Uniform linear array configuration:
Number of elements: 4
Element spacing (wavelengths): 0.25
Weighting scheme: kaiser
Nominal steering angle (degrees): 15
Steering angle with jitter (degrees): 13.833
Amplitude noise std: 0.05
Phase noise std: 0.05

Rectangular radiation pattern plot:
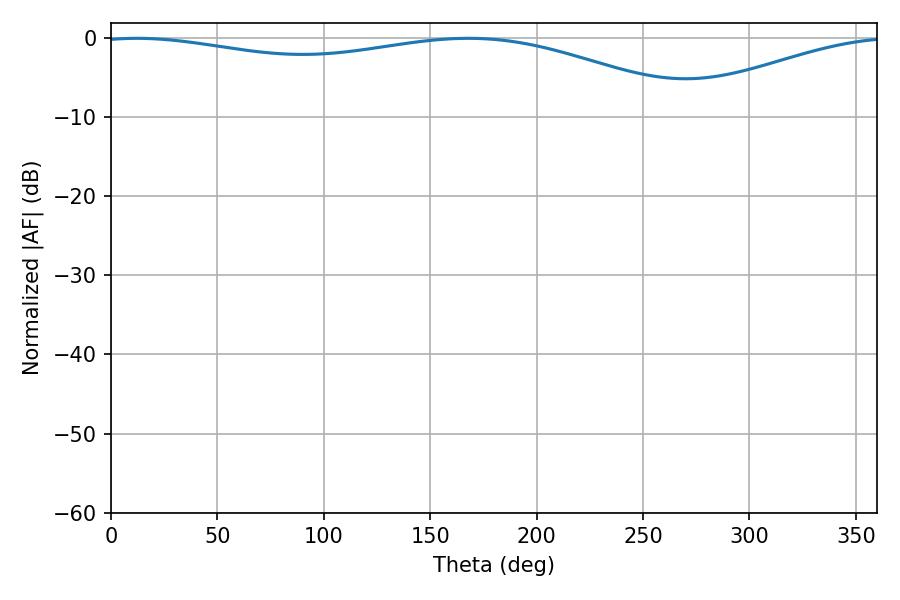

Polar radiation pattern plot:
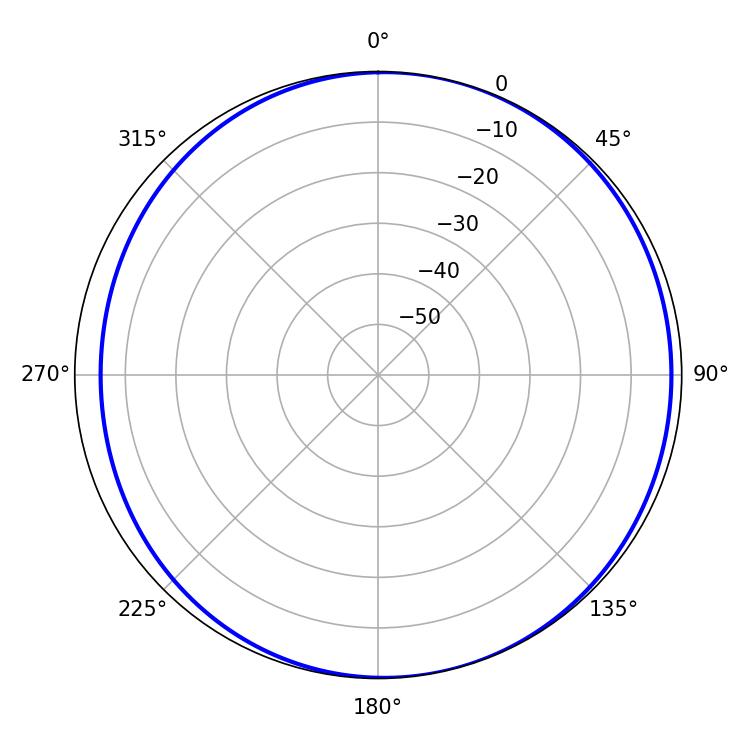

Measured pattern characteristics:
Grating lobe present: FALSE
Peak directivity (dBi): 5.316
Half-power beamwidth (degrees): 228.06
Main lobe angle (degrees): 12.06